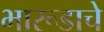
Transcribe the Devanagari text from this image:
भारूडाचे